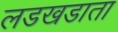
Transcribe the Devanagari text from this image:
लडखडाता